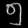
Digit: ၅